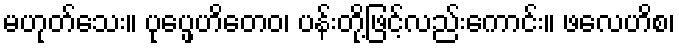
မဟုတ်သေး။ ပုပ္ဖေဟိတေဝ၊ ပန်းတို့ဖြင့်လည်းကောင်း။ ဖလေဟိစ၊